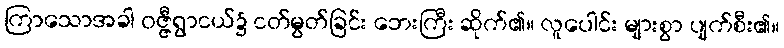
ကြာသောအခါ ဝဇ္ဇီရွာငယ်၌ ငတ်မွတ်ခြင်း ဘေးကြီး ဆိုက်၏။ လူပေါင်း များစွာ ပျက်စီး၏။